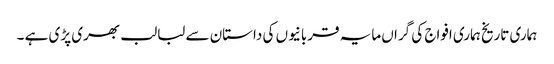
ہماری تاریخ ہماری افواج کی گراں مایہ قربانیوں کی داستان سے لبالب بھری پڑی ہے ۔